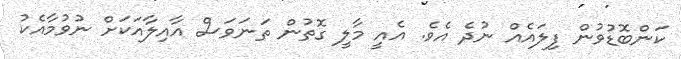
ކަންބޮޑުވުން ފިލައެއް ނުދެ އެވެ. އެއީ މާލީ ގޮތުން ތަނަވަސް އާއިލާއަކަށް ނުވުމާއެކު